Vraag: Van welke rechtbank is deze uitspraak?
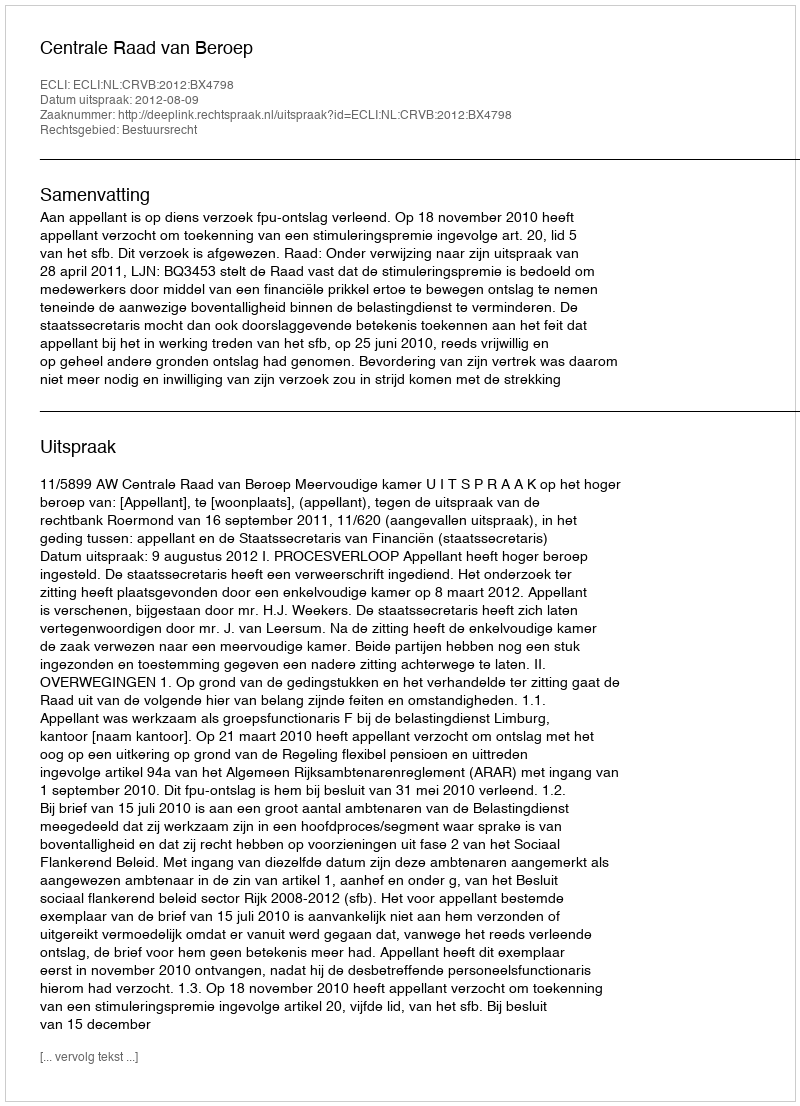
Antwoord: Centrale Raad van Beroep